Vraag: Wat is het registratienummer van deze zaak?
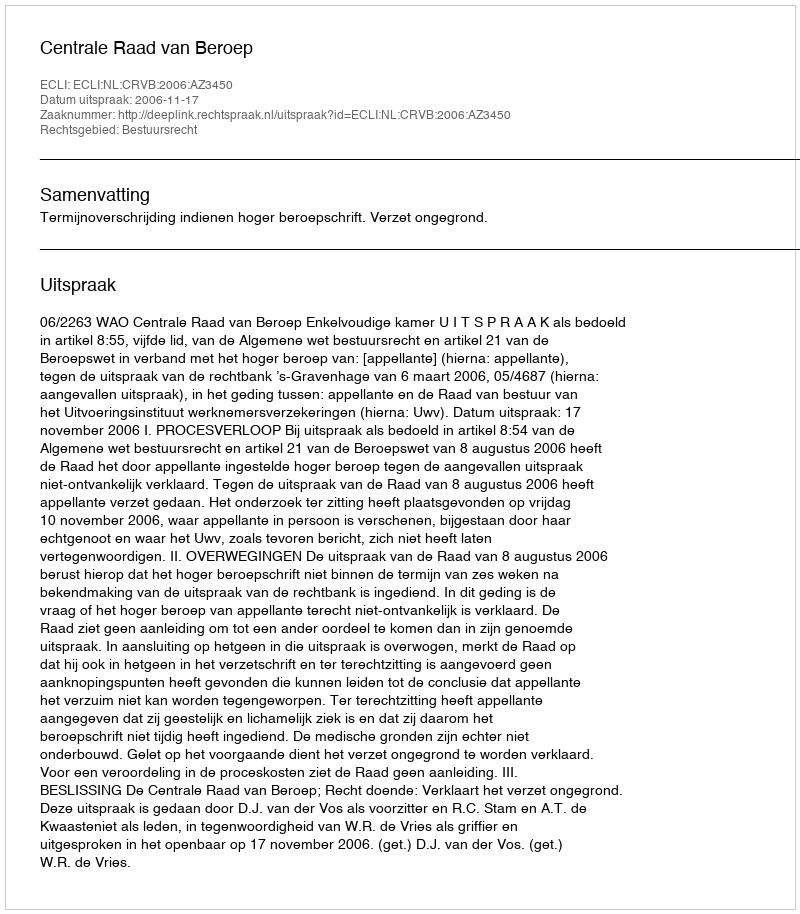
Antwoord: http://deeplink.rechtspraak.nl/uitspraak?id=ECLI:NL:CRVB:2006:AZ3450